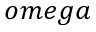
o m e g a